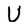
Character: U